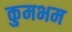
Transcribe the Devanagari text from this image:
कुमभम